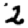
Digit: 2